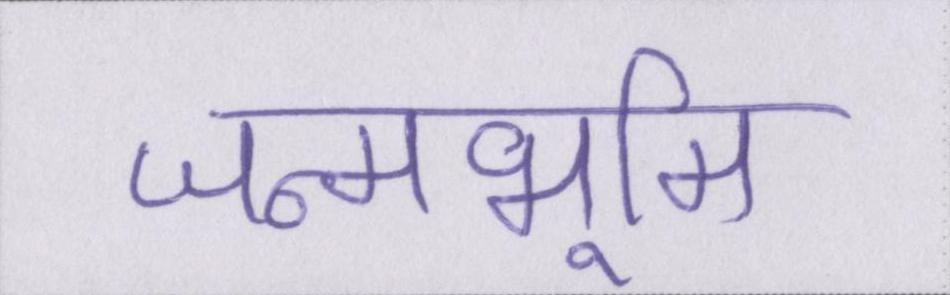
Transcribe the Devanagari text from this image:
जन्मभूमि